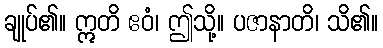
ချုပ်၏။ ဣတိ ဧဝံ၊ ဤသို့။ ပဇာနာတိ၊ သိ၏။